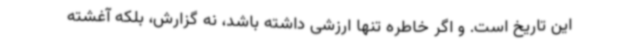
این تاریخ است. و اگر خاطره تنها ارزشی داشته باشد، نه گزارش، بلکه آغشته